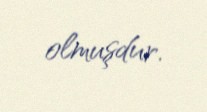
olmuşdur.